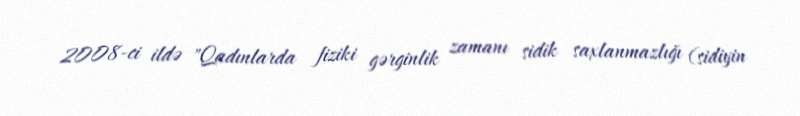
2008-ci ildə "Qadınlarda fiziki gərginlik zamanı sidik saxlanmazlığı (sidiyin